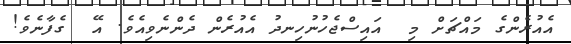
އެއުރެންގެ މައްޗަށް މި  އައިސްޖެހުނުހިނދު އެއުރެން ދެންނެވިއެވެ. އޭ  ގެފާނެވެ!